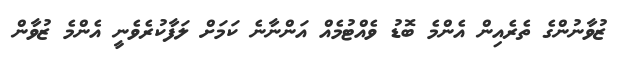
ޒުވާނުންގެ ތެރެއިން އެންމެ ބޮޑު ވެއްޓުމެއް އަންނާނެ ކަމަށް ލަފާކުރެވެނީ އެންމެ ޒުވާން